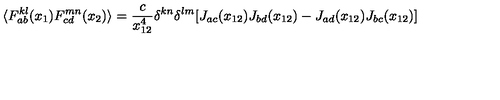
\langle F _ { a b } ^ { k l } ( x _ { 1 } ) F _ { c d } ^ { m n } ( x _ { 2 } ) \rangle = \frac { c } { x _ { 1 2 } ^ { 4 } } \delta ^ { k n } \delta ^ { l m } [ J _ { a c } ( x _ { 1 2 } ) J _ { b d } ( x _ { 1 2 } ) - J _ { a d } ( x _ { 1 2 } ) J _ { b c } ( x _ { 1 2 } ) ]